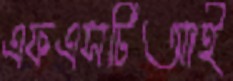
এফএসটিআই